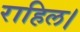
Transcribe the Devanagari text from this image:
राहिल।